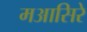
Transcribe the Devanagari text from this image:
मआसिरे